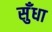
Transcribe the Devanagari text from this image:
सुँधा